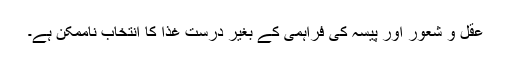
عقل و شعور اور پیسہ کی فراہمی کے بغیر درست غذا کا انتخاب ناممکن ہے۔